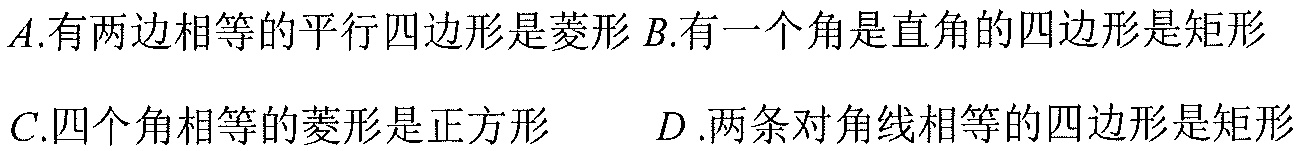
\(A\).有两边相等的平行四边形是菱形 \(B\).有一个角是直角的四边形是矩形
\(C\).四个角相等的菱形是正方形  \(D\).两条对角线相等的四边形是矩形